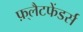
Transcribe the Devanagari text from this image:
फ़्लैटफेंडर्स